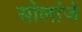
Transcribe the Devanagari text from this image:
सोलांजे